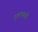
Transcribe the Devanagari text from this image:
नृत्यभारती